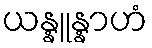
ယန္နူန္နာဟံ